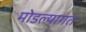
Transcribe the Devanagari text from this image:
मोडल्यागत